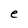
Character: e